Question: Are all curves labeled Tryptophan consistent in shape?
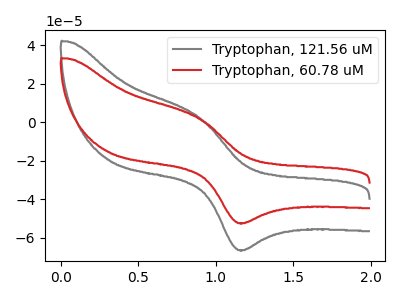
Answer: <think>The gray curve "Tryptophan, 121.56 uM" has an anodic peak at (0.90V, 2.75uA) and a cathodic peak at (1.20V, -66.45uA). The red curve "Tryptophan, 60.78 uM" has an anodic peak at (0.90V, 2.15uA) and a cathodic peak at (1.20V, -52.40uA).
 All the peaks in "Tryptophan, 121.56 uM" have a peak in "Tryptophan, 60.78 uM" at the same potential. Every peak in "Tryptophan, 121.56 uM" is higher than every peak in "Tryptophan, 60.78 uM".</think>
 <answer>All the CV's of "Tryptophan" have similar shape.</answer>
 <eval>follow_rule</eval>